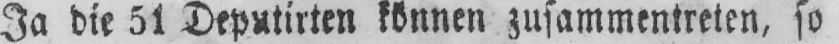
Ja die 51 Deputirten können zusammentreten, so